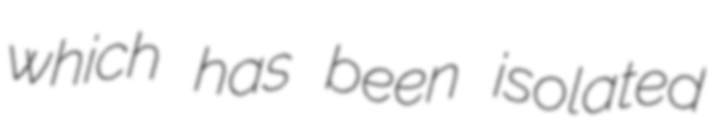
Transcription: which has been isolated